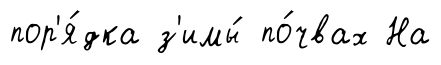
пор'я́дка з'имы́ по́чвах На